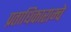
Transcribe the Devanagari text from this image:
प्रताधिकाराम्चे